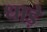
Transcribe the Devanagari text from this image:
धाड़े